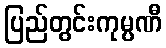
ပြည်တွင်းကုမ္ပဏီ